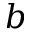
b